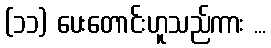
(၁၁) ပေးတောင်းဟူသည်ကား ...